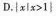
D.xlx>1}